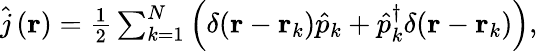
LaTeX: \begin{array}{r}{\hat{j}\left(\mathbf{r}\right)=\frac{1}{2}\sum_{k=1}^{N}\left(\delta(\mathbf{r}-\mathbf{r}_{k})\hat{p}_{k}+\hat{p}_{k}^{\dagger}\delta(\mathbf{r}-\mathbf{r}_{k})\right),}\end{array}